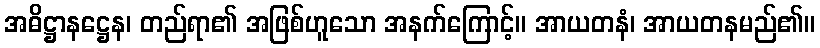
အဓိဋ္ဌာနဋ္ဌေန၊ တည်ရာ၏ အဖြစ်ဟူသော အနက်ကြောင့်။ အာယတနံ၊ အာယတနမည်၏။